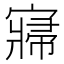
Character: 𡪷